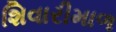
શિવારીમાળ